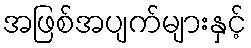
အဖြစ်အပျက်များနှင့်